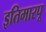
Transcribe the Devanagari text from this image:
इतिमारपू